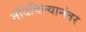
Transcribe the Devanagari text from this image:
नोंदविल्यानंतर